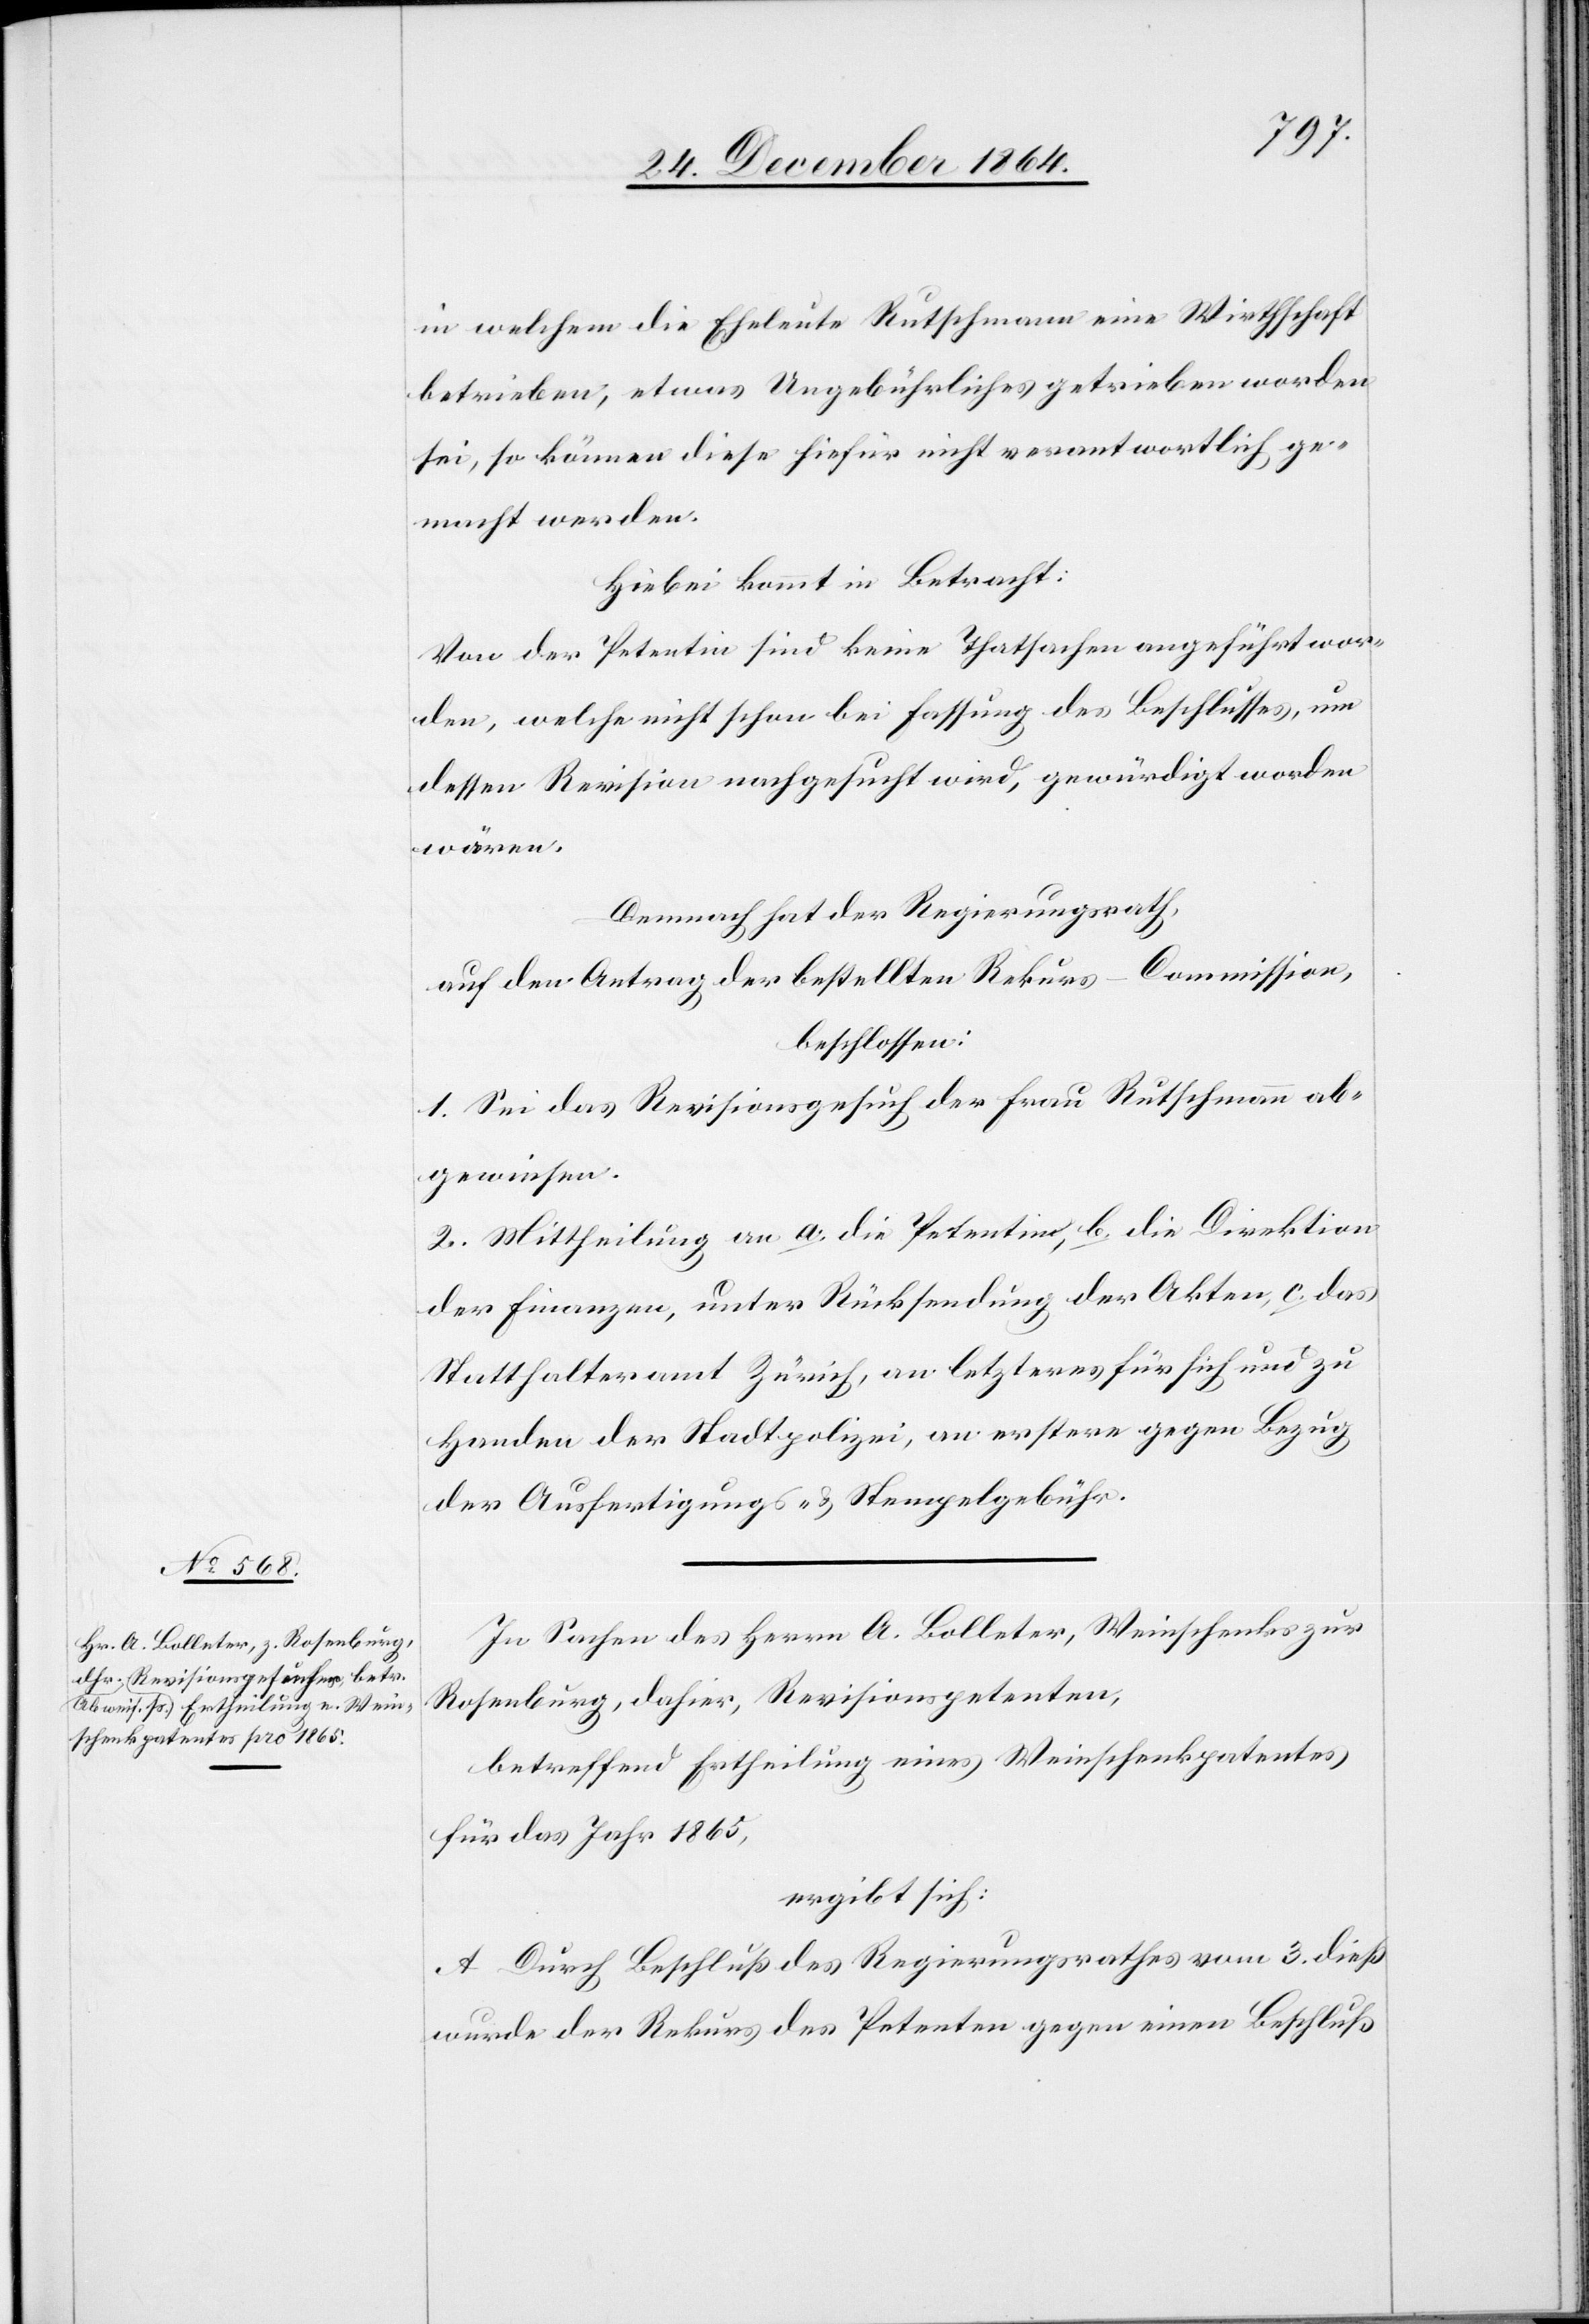
in welchem die Eheleute Rutschmann eine Wirthschaft
betrieben, etwas Ungebührliches getrieben worden
sei, so können diese hiefür nicht verantwortlich ge¬
macht werden.
Hiebei kommt in Betracht:
Von der Petentin sind keine Thatsachen angeführt wor¬
den, welche nicht schon bei Fassung des Beschlusses, um
dessen Revision nachgesucht wir, gewürdigt worden
wären.
Demnach hat der Regierungsrath,
auf den Antrag der bestellten Rekurs-Commission,
beschlossen:
1. Sei das Revisionsgesuch der Frau Rutschmann ab¬
gewiesen.
2. Mittheilung an: a. die Petentin, b. die Direktion
der Finanzen, unter Rücksendung der Akten, c. das
Statthalteramt Zürich, an letzteres für sich und zu
Handen der Stadtpolizei, an erstere gegen Bezug
der Ausfertigungs- & Stempelgebühr.
In Sachen des Herrn A. Bolleter, Weinschenks zur
Rosenburg, dahier, Revisionspetenten,
betreffend Ertheilung eines Weinschenkpatentes
für das Jahr 1865,
ergibt sich:
A. Durch Beschluß des Regierungsrathes vom 3. dieß
wurde der Rekurs des Petenten gegen einen Beschluß